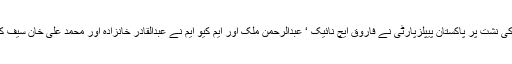
سندھ سے ٹیکنوکریٹ اور علماء کی نشت پر پاکستان پیپلزپارٹی نے فاروق ایچ نائیک ‘ عبدالرحمن ملک اور ایم کیو ایم نے عبدالقادر خانزادہ اور محمد علی خان سیف کے کاغذات نامزدگی جمع کرائے۔